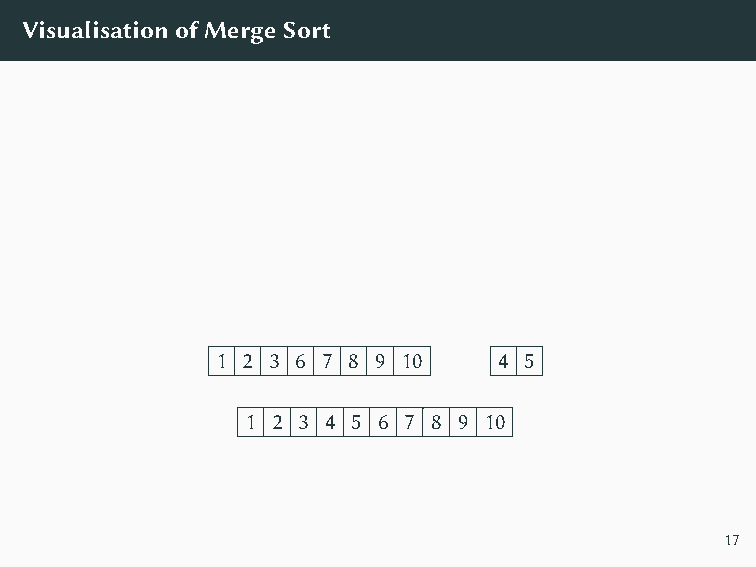
VisualisationofMergeSort
 1 2 3 6 7 8 9 10   4 5
 1 2 3 4 5 6 7 8 9 10
 17